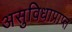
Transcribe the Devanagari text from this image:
असुविधाप्राप्त